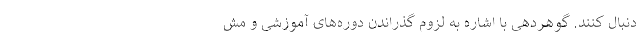
دنبال کنند. گوهردهی با اشاره به لزوم گذراندن دوره‌های آموزشی و مش